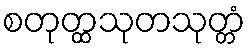
စတုတ္ထသုတသုတ္တံ